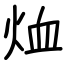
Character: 烅